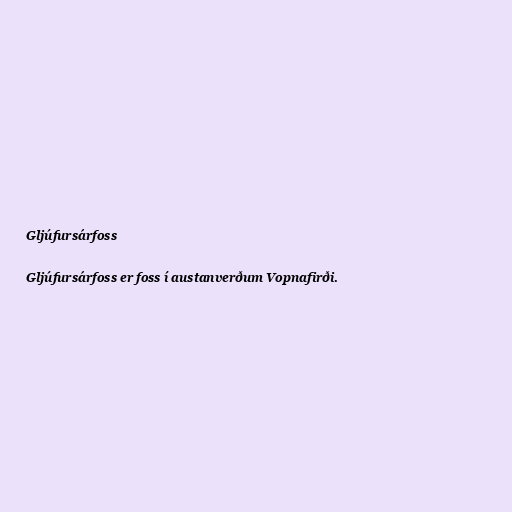
Gljúfursárfoss

Gljúfursárfoss er foss í austanverðum Vopnafirði.